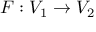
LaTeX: F : V _ { 1 } \to V _ { 2 }